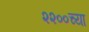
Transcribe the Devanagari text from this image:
२२००च्या